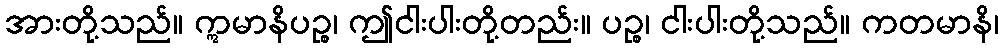
အားတို့သည်။ ဣမာနိပဉ္စ၊ ဤငါးပါးတို့တည်း။ ပဉ္စ၊ ငါးပါးတို့သည်။ ကတမာနိ၊